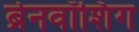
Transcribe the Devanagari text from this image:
ब्रेनवॉशिंग